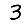
Digit: 3